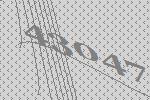
43047